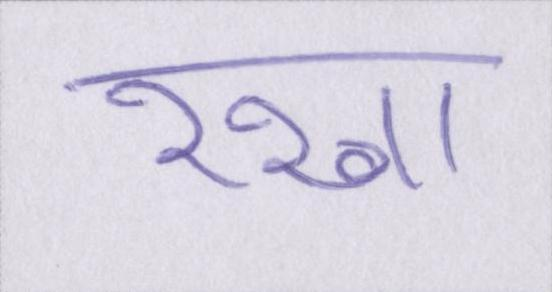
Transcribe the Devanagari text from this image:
रखा